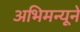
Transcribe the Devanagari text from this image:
अभिमन्यूने